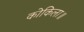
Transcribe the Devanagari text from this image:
कोकिला॥